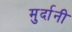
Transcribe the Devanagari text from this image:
मुर्दानी